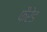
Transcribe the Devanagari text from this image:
फैरेड